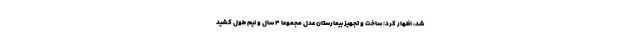
شد، اظهار کرد: ساخت و تجهیز بیمارستان عدل مجموعا ۴ سال و نیم طول کشید